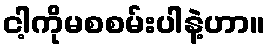
ငါ့ကိုမစစမ်းပါနဲ့ဟာ။